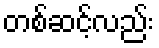
တစ်ဆင့်လည်း